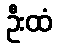
ဦးထံ